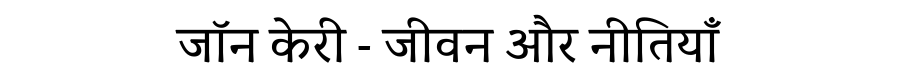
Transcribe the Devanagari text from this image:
जॉन केरी - जीवन और नीतियाँ